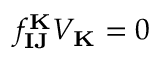
f _ { \mathbf { I J } } ^ { \mathbf { K } } V _ { \mathbf { K } } = 0